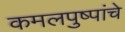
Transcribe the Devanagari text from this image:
कमलपुष्पांचे